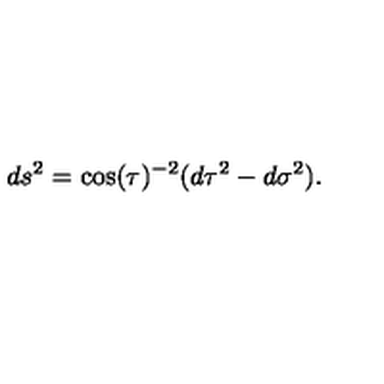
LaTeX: d s ^ { 2 } = \cos ( \tau ) ^ { - 2 } ( d \tau ^ { 2 } - d \sigma ^ { 2 } ) .